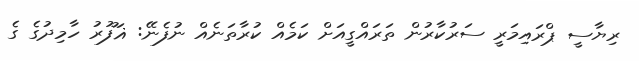
ރިޔާސީ ޕްރައިމަރީ ސަރުކާރުން ތަރައްގީއަށް ކަމެއް ކުރާތަނެއް ނުފެނޭ: ޣަފޫރު ހާމިދުގެ ގެ